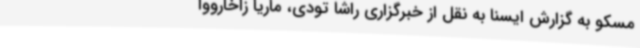
مسکو به گزارش ایسنا به نقل از خبرگزاری راشا تودی، ماریا زاخارووا